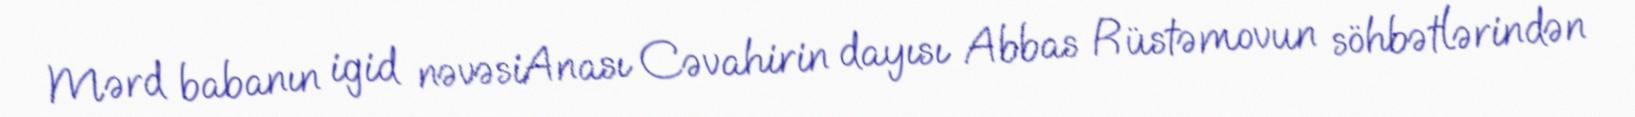
Mərd babanın igid nəvəsiAnası Cəvahirin dayısı Abbas Rüstəmovun söhbətlərindən